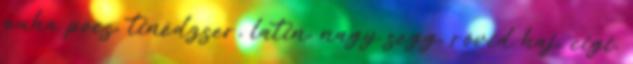
puha pöcs, tinédzser, latin, nagy segg, rövid haj, cigi,